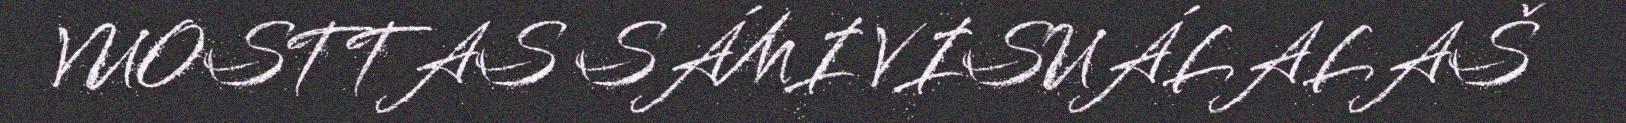
VUOSTTAS SÁMI VISUÁLALAŠ